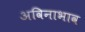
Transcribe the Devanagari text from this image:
अविनाभाव